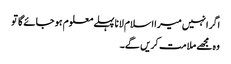
اگر انہیں میرا اسلام لانا پہلے معلوم ہو جائے گا تو
وہ مجھے ملامت کریں گے۔